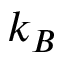
k _ { B }